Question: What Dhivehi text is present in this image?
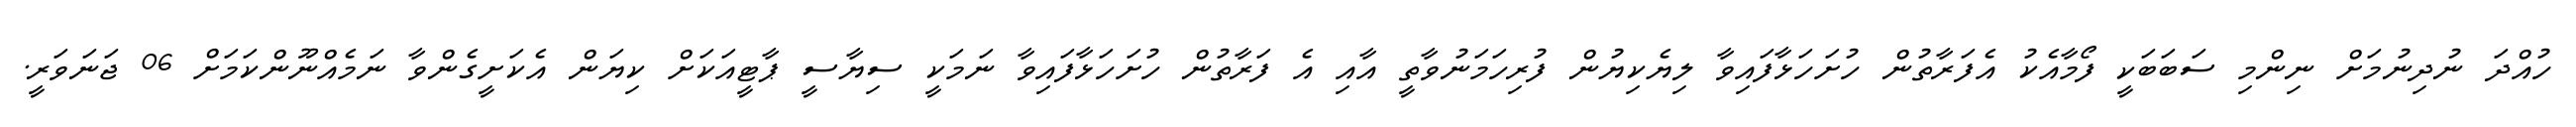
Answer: ހުއްދަ ނުދިނުމަށް ނިންމި ސަބަބަކީ ފޯމާއެކު އެފަރާތުން ހުށަހަޅާފައިވާ ލިޔެކިޔުން ފުރިހަމަނުވާތީ އާއި އެ ފަރާތުން ހުށަހަޅާފައިވާ ނަމަކީ ސިޔާސީ ޕާޓީއަކަށް ކިޔަން އެކަށީގެންވާ ނަމެއްނޫންކަމަށް 06 ޖަނަވަރީ.